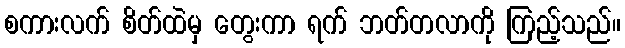
စကားလက် စိတ်ထဲမှ တွေးကာ ရက် ဘတ်တလာကို ကြည့်သည်။